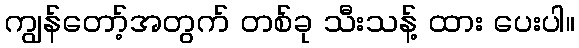
ကျွန်တော့်အတွက် တစ်ခု သီးသန့် ထား ပေးပါ။